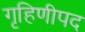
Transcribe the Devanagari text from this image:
गृहिणीपद